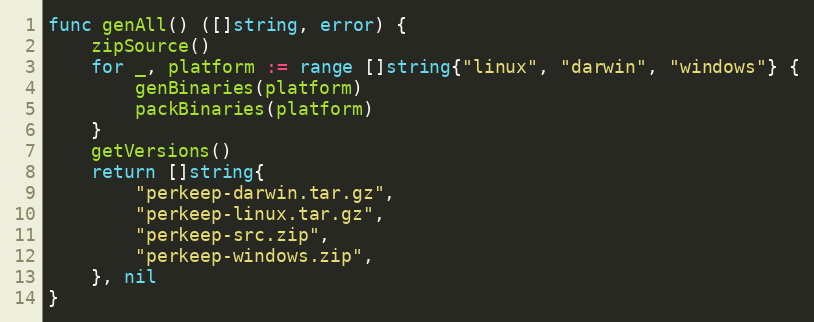
Language: Go
func genAll() ([]string, error) {
	zipSource()
	for _, platform := range []string{"linux", "darwin", "windows"} {
		genBinaries(platform)
		packBinaries(platform)
	}
	getVersions()
	return []string{
		"perkeep-darwin.tar.gz",
		"perkeep-linux.tar.gz",
		"perkeep-src.zip",
		"perkeep-windows.zip",
	}, nil
}